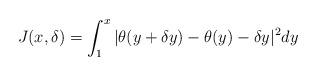
LaTeX: \begin{align*} J(x,\delta) = \int_1^{x} |\theta(y+\delta y)- \theta(y) - \delta y|^2 dy\end{align*}